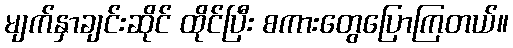
မျက်နှာချင်းဆိုင် ထိုင်ပြီး စကားတွေပြောကြတယ်။